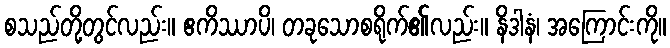
စသည်တို့တွင်လည်း။ ဧကိဿာပိ၊ တခုသောစရိုက်၏လည်း။ နိဒါနံ၊ အကြောင်းကို။